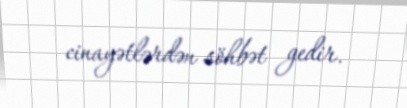
cinayətlərdən söhbət gedir.